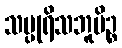
သပ္ပုရိသဘူမိဉ္စ